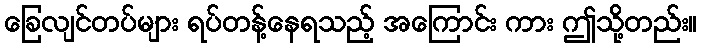
ခြေလျင်တပ်များ ရပ်တန့်နေရသည့် အကြောင်း ကား ဤသို့တည်း။